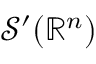
{ \mathcal { S } } ^ { \prime } ( \mathbb { R } ^ { n } )